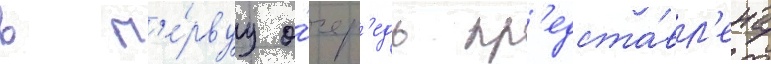
в п'е́рвуу о́чер'едь пр'едста́вл'ена